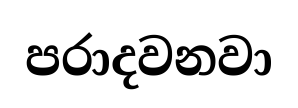
පරාදවනවා